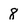
Character: 8